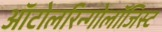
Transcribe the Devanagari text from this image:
ऑटोलरिन्गोलॉजिस्ट